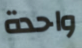
واحدة